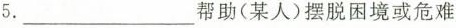
5.___帮助(某人)摆脱困境或危难